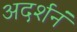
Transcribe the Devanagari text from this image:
अदर्शनं